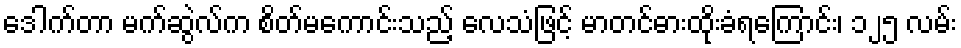
ဒေါက်တာ မက်ဆွဲလ်က စိတ်မကောင်းသည့် လေသံဖြင့် မာတင်ဓားထိုးခံရကြောင်း၊ ၁၂၅ လမ်း